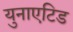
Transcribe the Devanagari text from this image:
युनाएटिड